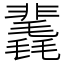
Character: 䩁